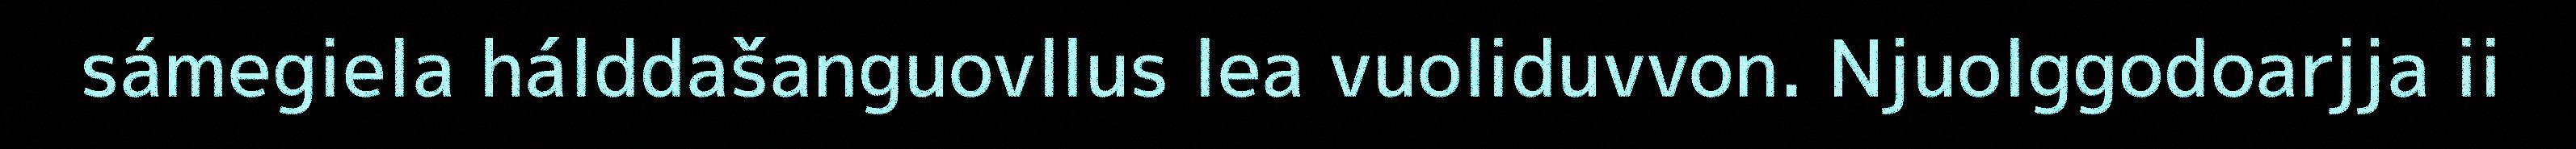
sámegiela hálddašanguovllus lea vuoliduvvon. Njuolggodoarjja ii